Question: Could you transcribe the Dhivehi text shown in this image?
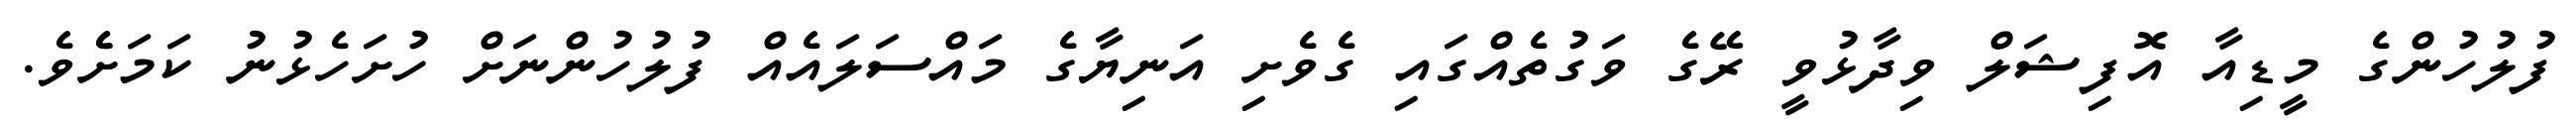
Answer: ފުލުހުންގެ މީޑިއާ އޮފިޝަލް ވިދާޅުވީ ރޭގެ ވަގުތެއްގައި ގެވެށި އަނިޔާގެ މައްސަލައެއް ފުލުހުންނަށް ހުށަހެޅުނު ކަމަށެެވެ.